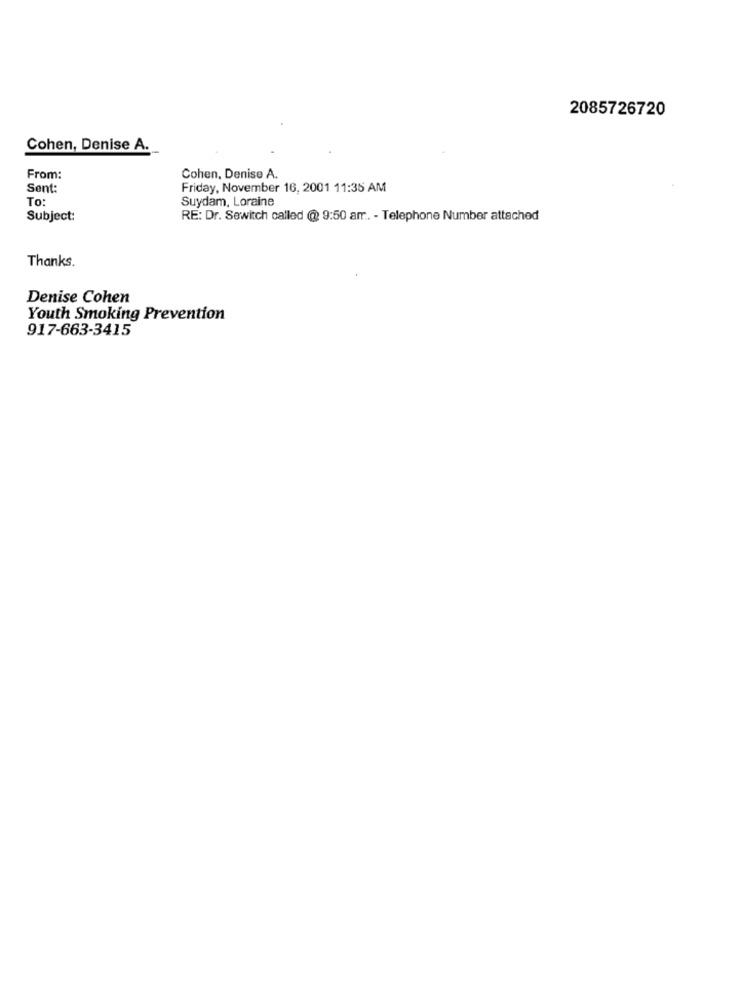
2085726720
Cohen, Denise A.
From:
Cohen, Denise A.
Sent:
Friday, November 16, 2001 11:35 AM
To:
Suydam, Loraine
Subject:
RE: Dr. Sewitch called @ 9:50 amr .. - Telephone Number attached
Thanks.
Denise Cohen
Youth Smoking Prevention
917-663-3415